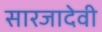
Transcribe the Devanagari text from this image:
सारजादेवी